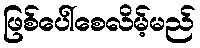
ဖြစ်ပေါ်စေလိမ့်မည်